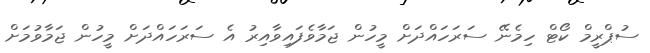
ސުޕްރީމް ކޯޓް ހިމެނޭ ސަރަހައްދަށް މީހުން ޖަމާވެފައިވާއިރު އެ ސަރަހައްދަށް މީހުން ޖަމާވުމަށް